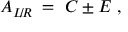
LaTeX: A _ { L \! / \! R } \; = \; C \pm E \; ,